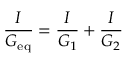
{ \frac { I } { G _ { \mathrm { e q } } } } = { \frac { I } { G _ { 1 } } } + { \frac { I } { G _ { 2 } } }